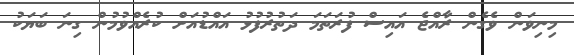
މިނިވަން ވެގެން ރާއްޖެ އައިސް ފުރަތަމަ ދަތުރުފުޅު އައްޑުއަށް ކުރެއްވުމުން ގިނަ ބަޔަކު